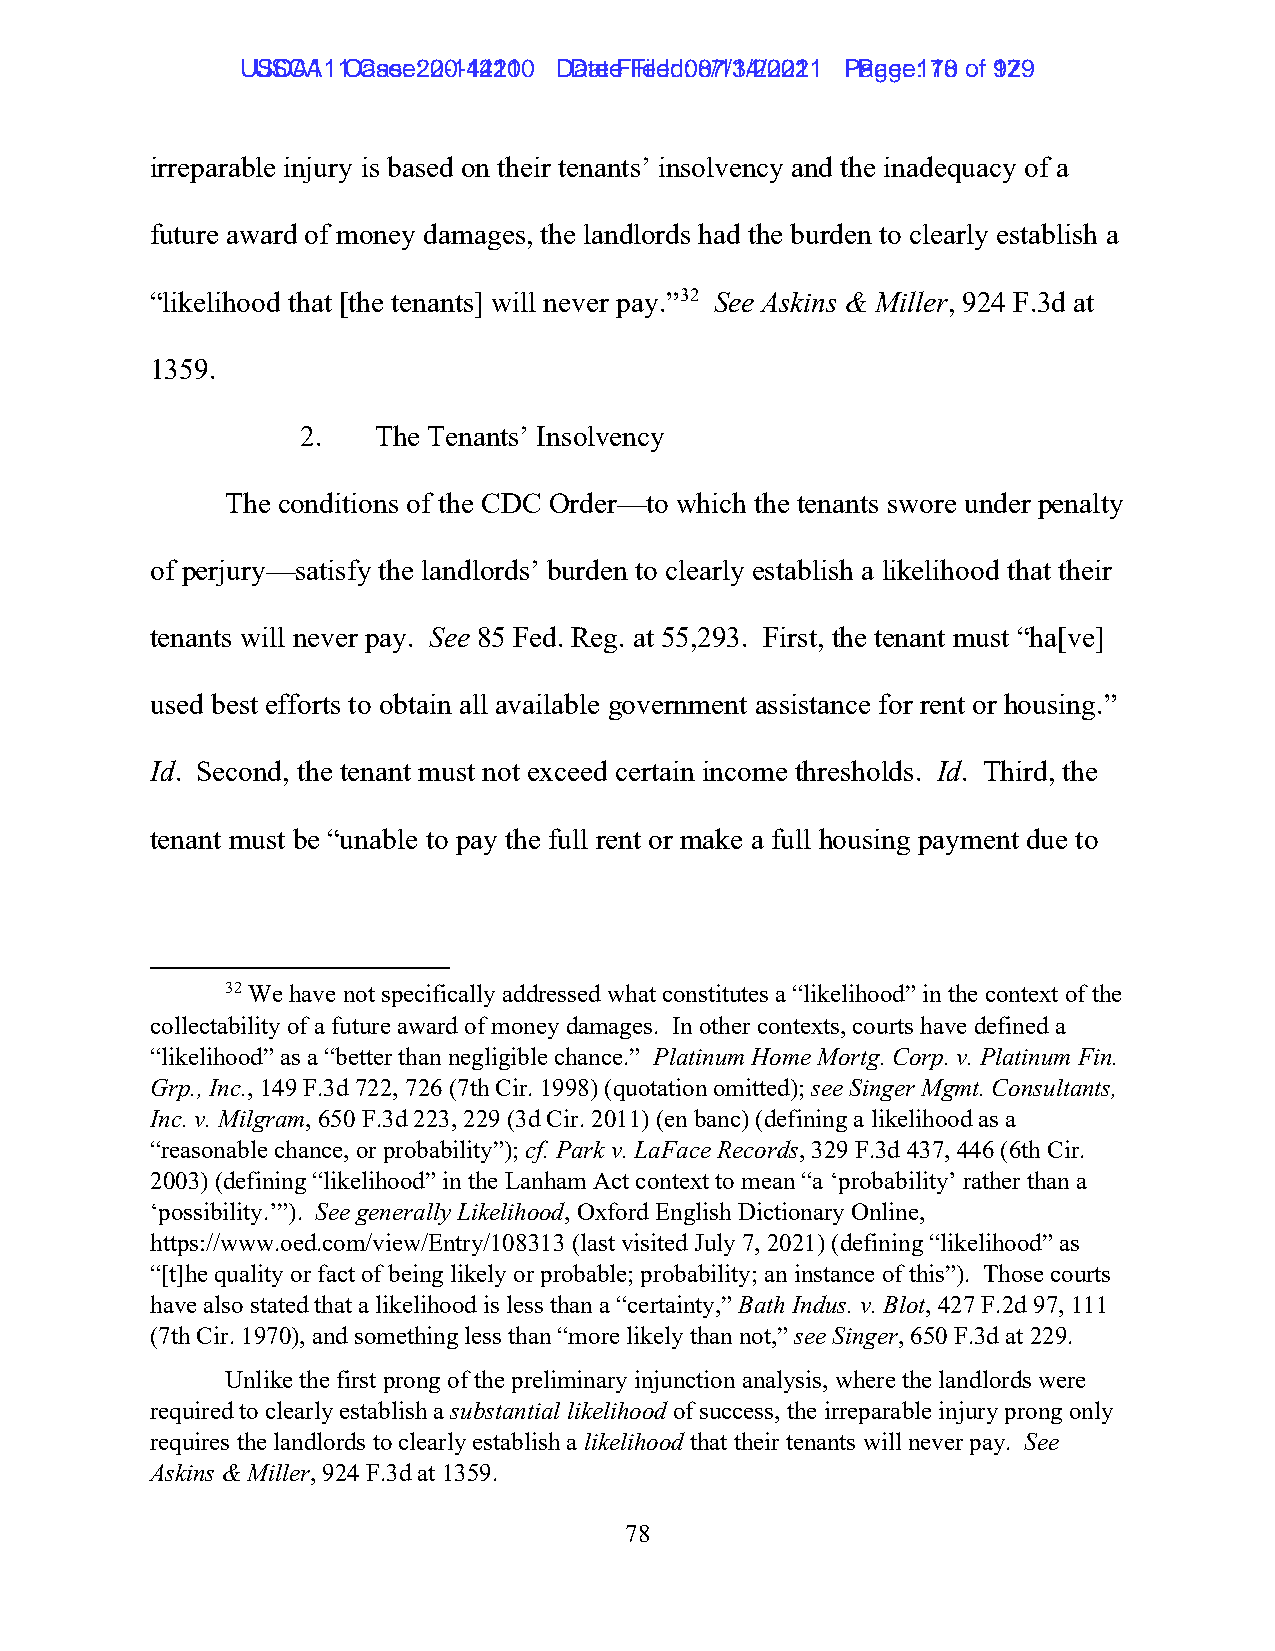
UUSSCCAA1111 C Caasese: :2 200-1-144221100 D Daatete F Fileiledd: :0 087/1/134/2/2002211 P Paaggee: :1 7180 ooff 9172 9
 irreparable injury is based on their tenants’ insolvency and the inadequacy of a
 future award of money damages, the landlords had the burden to clearly establish a
 “likelihood that [the tenants] will never pay.”32 See Askins & Miller, 924 F.3d at
 1359.
 2.   The Tenants’ Insolvency
 The conditions of the CDC Order—to which the tenants swore under penalty
 of perjury—satisfy the landlords’ burden to clearly establish a likelihood that their
 tenants will never pay. See 85 Fed. Reg. at 55,293. First, the tenant must “ha[ve]
 used best efforts to obtain all available government assistance for rent or housing.”
 Id. Second, the tenant must not exceed certain income thresholds. Id. Third, the
 tenant must be “unable to pay the full rent or make a full housing payment due to
 32 We have not specifically addressed what constitutes a “likelihood” in the context of the
 collectability of a future award of money damages. In other contexts, courts have defined a
 “likelihood” as a “better than negligible chance.” Platinum Home Mortg. Corp. v. Platinum Fin.
 Grp., Inc., 149 F.3d 722, 726 (7th Cir. 1998) (quotation omitted); see Singer Mgmt. Consultants,
 Inc. v. Milgram, 650 F.3d 223, 229 (3d Cir. 2011) (en banc) (defining a likelihood as a
 “reasonable chance, or probability”); cf. Park v. LaFace Records, 329 F.3d 437, 446 (6th Cir.
 2003) (defining “likelihood” in the Lanham Act context to mean “a ‘probability’ rather than a
 ‘possibility.’”). See generally Likelihood, Oxford English Dictionary Online,
 https://www.oed.com/view/Entry/108313 (last visited July 7, 2021) (defining “likelihood” as
 “[t]he quality or fact of being likely or probable; probability; an instance of this”). Those courts
 have also stated that a likelihood is less than a “certainty,” Bath Indus. v. Blot, 427 F.2d 97, 111
 (7th Cir. 1970), and something less than “more likely than not,” see Singer, 650 F.3d at 229.
 Unlike the first prong of the preliminary injunction analysis, where the landlords were
 required to clearly establish a substantial likelihood of success, the irreparable injury prong only
 requires the landlords to clearly establish a likelihood that their tenants will never pay. See
 Askins & Miller, 924 F.3d at 1359.
 78